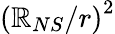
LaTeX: \left({\mathbb{R}_{NS}}/{r}\right)^{2}